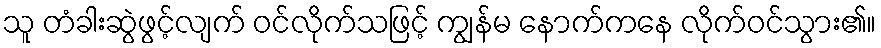
သူ တံခါးဆွဲဖွင့်လျက် ဝင်လိုက်သဖြင့် ကျွန်မ နောက်ကနေ လိုက်ဝင်သွား၏။